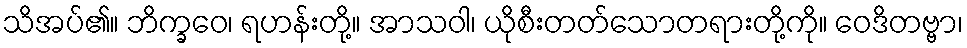
သိအပ်၏။ ဘိက္ခဝေ၊ ရဟန်းတို့။ အာသဝါ၊ ယိုစီးတတ်သောတရားတို့ကို။ ဝေဒိတဗ္ဗာ၊